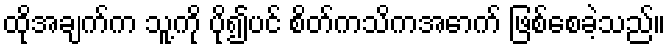
ထိုအချက်က သူ့ကို ပို၍ပင် စိတ်ကသိကအောက် ဖြစ်စေခဲ့သည်။